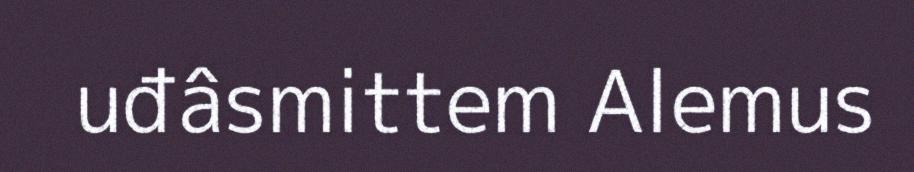
uđâsmittem Alemus